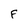
Character: F